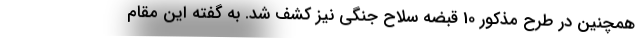
همچنین در طرح مذکور 10 قبضه سلاح جنگی نیز کشف شد. به گفته این مقام